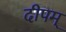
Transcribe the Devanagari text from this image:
दीपम्